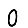
Digit: 0